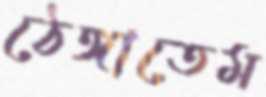
ঠেঙ্গাতেম